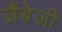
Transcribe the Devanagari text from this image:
ज़ैंबेज़ी